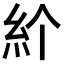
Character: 𥾓